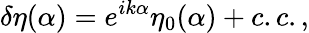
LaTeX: \delta\eta(\alpha)=e^{ik\alpha}\eta_{0}(\alpha)+c.c.,